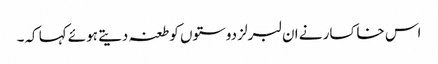
اس خاکسار نے ان لبرلز دوستوں کو طعنہ دیتے ہوئے کہا کہ۔